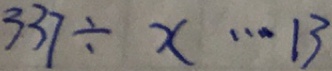
3 3 7 \div x \cdots 1 3